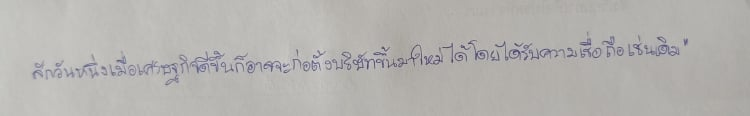
สักวันหนึ่งเมื่อเศรษฐกิจดีขึ้นก็อาจจะก่อตั้งบริษัทขึ้นมาใหม่ได้โดยได้รับความเชื่อถือเช่นเดิม"